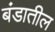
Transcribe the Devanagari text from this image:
बंडातील